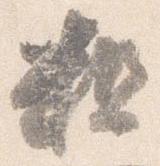
粗